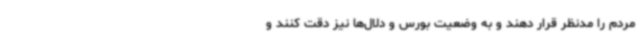
مردم را مدنظر قرار دهند و به وضعیت بورس و دلال‌ها نیز دقت کنند و